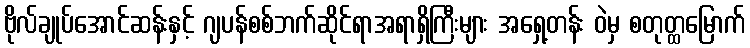
ဗိုလ်ချုပ်အောင်ဆန်းနှင့် ဂျပန်စစ်ဘက်ဆိုင်ရာအရာရှိကြီးများ အရှေ့တန်း ဝဲမှ စတုတ္ထမြောက်